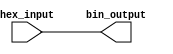
module hex_to_bin_encoder (
    input  [3:0] hex_input,  // 4-bit hexadecimal input
    output reg [3:0] bin_output // 4-bit binary output
);

    always @(*) begin
        // Direct mapping from hexadecimal input to binary output
        bin_output = hex_input;
    end

endmodule